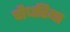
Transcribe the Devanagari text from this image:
चौधरिया